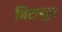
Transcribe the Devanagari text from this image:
बिटल्हर